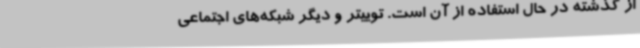
از گذشته در حال استفاده از آن است. توییتر و دیگر شبکه‌های اجتماعی